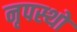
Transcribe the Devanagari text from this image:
नृपस्थो